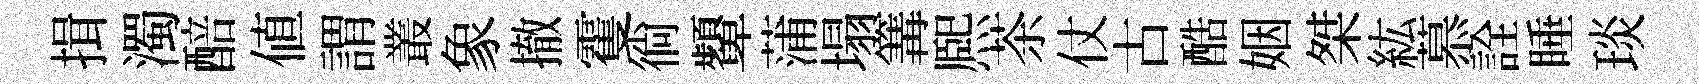
揖濁醅値謂叢象撤䨥徜顰蒲塌篝熈茶仗古酷姻桀紘慕詮睡琰